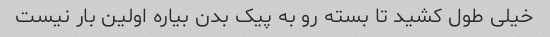
خیلی طول کشید تا بسته رو به پیک بدن بیاره اولین بار نیست